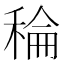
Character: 稐